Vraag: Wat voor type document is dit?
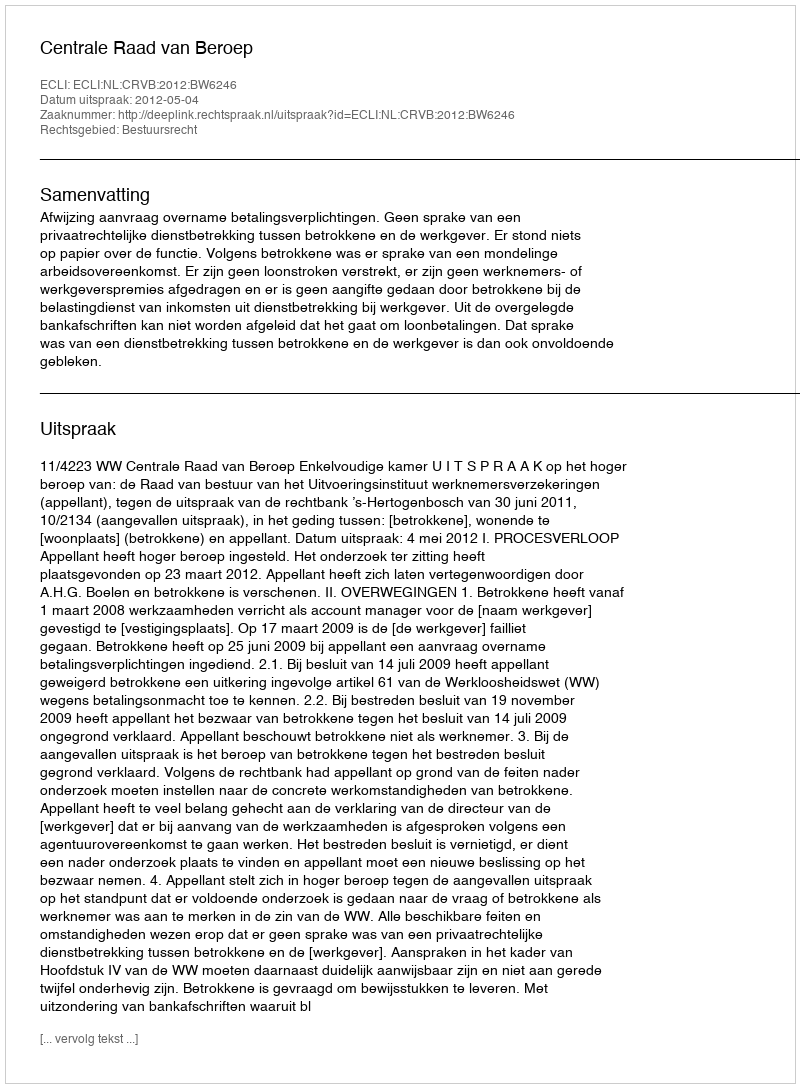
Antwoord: Uitspraak